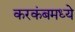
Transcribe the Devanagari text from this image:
करकंबमध्ये